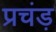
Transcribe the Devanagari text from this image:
प्रचंड़